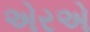
એરએ